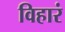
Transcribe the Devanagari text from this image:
विहारं